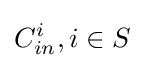
C_{in}^{i},i\in S